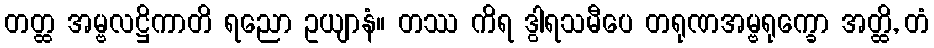
တတ္ထ အမ္ဗလဋ္ဌိကာတိ ရညော ဥယျာနံ။ တဿ ကိရ ဒွါရသမီပေ တရုဏအမ္ဗရုက္ခော အတ္ထိ, တံ